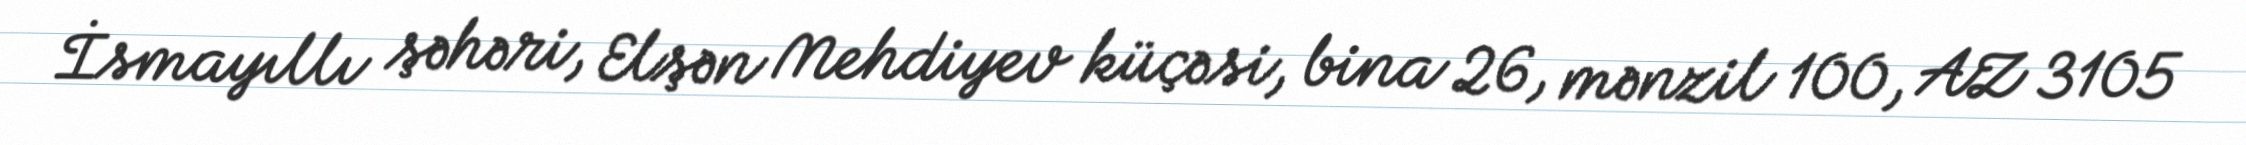
İsmayıllı şəhəri, Elşən Mehdiyev küçəsi, bina 26, mənzil 100, AZ 3105